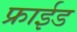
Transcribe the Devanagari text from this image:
फ्राईड